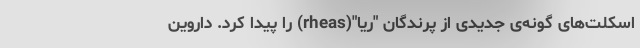
اسکلت‌های گونه‌ی جدیدی از پرندگان "ریا"(rheas) را پیدا کرد. داروین